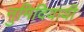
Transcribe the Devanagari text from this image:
नुमिदियायी